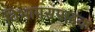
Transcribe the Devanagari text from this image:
विभागसंपादक